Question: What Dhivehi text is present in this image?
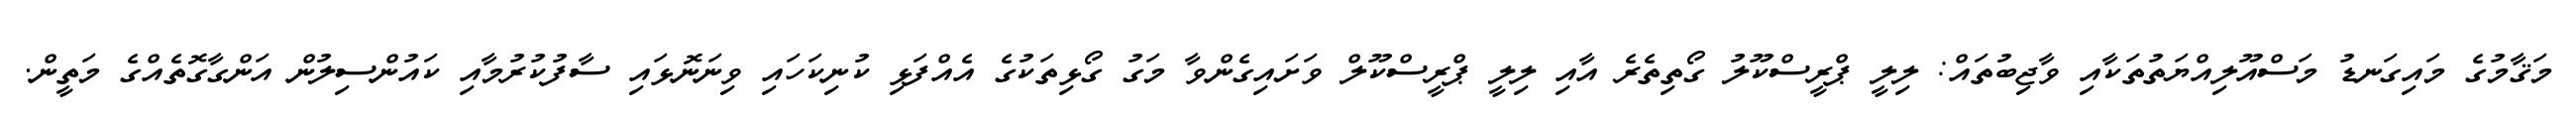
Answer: މަޤާމުގެ މައިގަނޑު މަސްއޫލިއްޔަތުތަކާއި ވާޖިބުތައް: ލިލީ ޕްރީސްކޫލު ގޯތިތެރެ އާއި ލިލީ ޕްރީސްކޫލް ވަށައިގެންވާ މަގު ގޯޅިތަކުގެ އެއްފަޅި ކުނިކަހައި ވިނަނޮޅައި ސާފުކުރުމާއި ކައުންސިލުން އަންގާގޮތެއްގެ މަތީން.